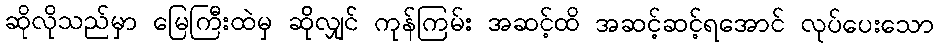
ဆိုလိုသည်မှာ မြေကြီးထဲမှ ဆိုလျှင် ကုန်ကြမ်း အဆင့်ထိ အဆင့်ဆင့်ရအောင် လုပ်ပေးသော